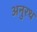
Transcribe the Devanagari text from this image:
अनुरथ